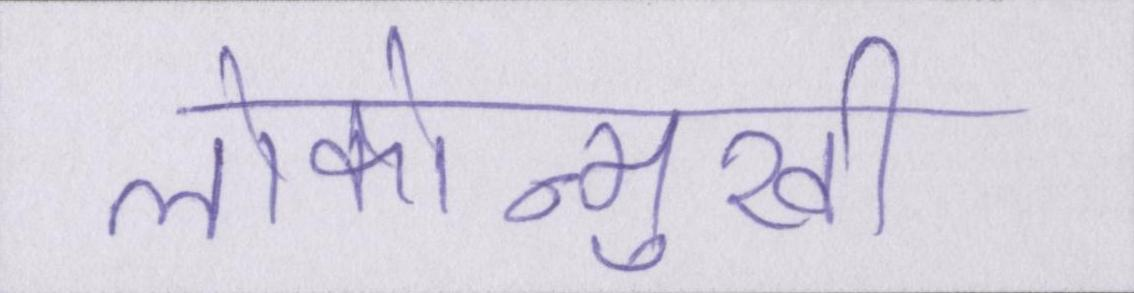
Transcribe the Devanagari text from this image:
लोकोन्मुखी